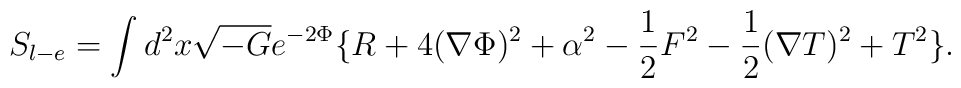
S_{l-e} = \int d^2 x \sqrt{-G} e^{-2\Phi}   \big \{ R + 4 (\nabla \Phi)^2 + \alpha^2 - {1 \over 2} F^2 - {1 \over 2}(\nabla T)^2 + T^2 \big \}.